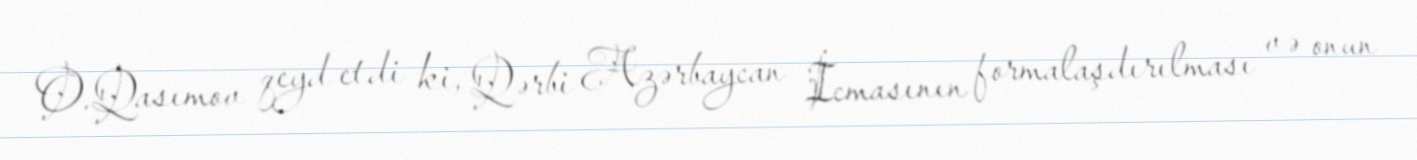
O.Qasımov qeyd etdi ki, Qərbi Azərbaycan İcmasının formalaşdırılması və onun